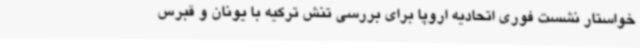
خواستار نشست فوری اتحادیه اروپا برای بررسی تنش ترکیه با یونان و قبرس